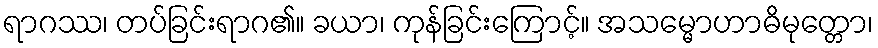
ရာဂဿ၊ တပ်ခြင်းရာဂ၏။ ခယာ၊ ကုန်ခြင်းကြောင့်။ အသမ္မောဟာဓိမုတ္တော၊